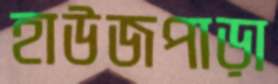
হাউজপাড়া